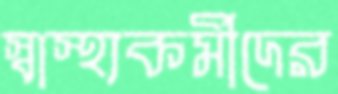
স্বাস্থ্যকর্মীদের